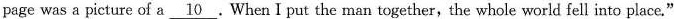
page was a picture of a\underline{10} .When I put the man together,the whole world fell into place."